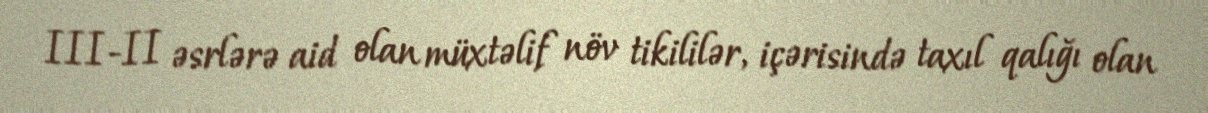
III-II əsrlərə aid olan müxtəlif növ tikililər, içərisində taxıl qalığı olan